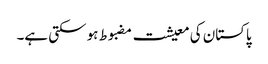
پاکستان کی معیشت مضبوط ہو سکتی ہے۔